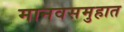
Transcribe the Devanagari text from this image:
मानवसमुहात